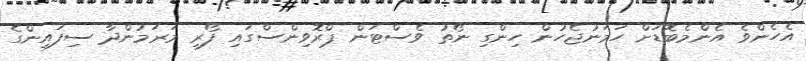
އެހެންވެ އެންމެބޮޑަށް ހަމަނުޖެހުން ހިންގި ނޯތު ވެސްޓަން ޕްރޮވިންސްގައި ފޯރި މަރަމުންދާ ސިފައިންގެ